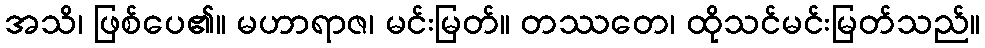
အသိ၊ ဖြစ်ပေ၏။ မဟာရာဇ၊ မင်းမြတ်။ တဿတေ၊ ထိုသင်မင်းမြတ်သည်။